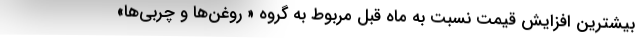
بیشترین افزایش قیمت نسبت به ماه قبل مربوط به گروه « روغن‌ها و چربی‌ها»